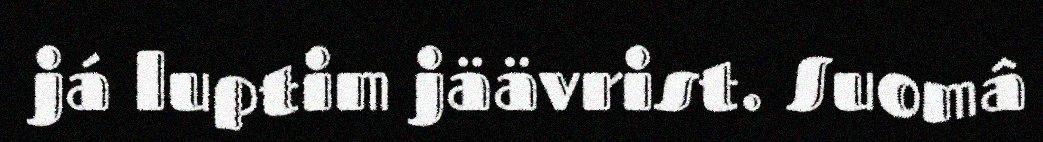
já luptim jäävrist. Suomâ